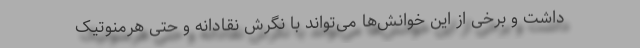
داشت و برخی از این خوانش‌ها می‌تواند با نگرش نقادانه و حتی هرمنوتیک